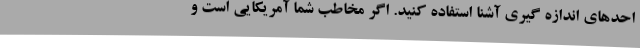
احدهای اندازه گیری آشنا استفاده کنید. اگر مخاطب شما آمریکایی است و